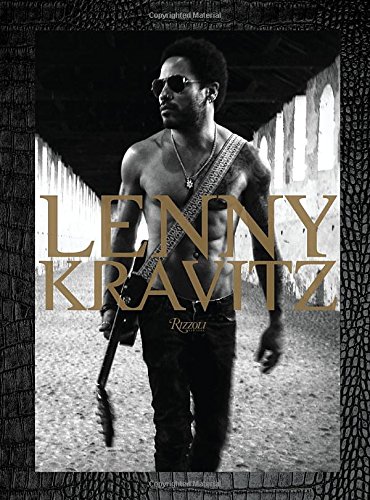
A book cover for Lenny Kravitz; Lenny Kravitz; Arts & Photography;